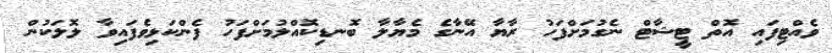
ވެއްޓިފައި އޮތް ޓީޝާޓް ނެގުމަށްފަހު ރާޔާ އޭނާގެ މެޔާލާ ބޮނޑިކޮއްލުމަށްފަހު ފެންކަޅިވެފައިވާ ލޮލަކުން